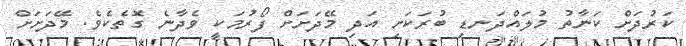
ކަރުދަށް ކަނާތު މުލައްދަނޑި ބުރަކަށި އަދި މޭދަށަށް ފޯރުމަކީ ވެދާނެ ގޮތެކެވެ. މޭދަށަށް